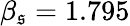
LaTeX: \beta_{\mathfrak{s}}=1.795